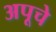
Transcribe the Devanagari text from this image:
अपूचे